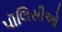
પૉલિસીઓ